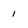
Character: 1